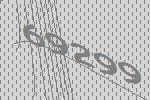
69299